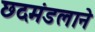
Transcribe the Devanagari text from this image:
छदमंडलाने